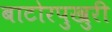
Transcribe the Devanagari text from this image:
बाटोरपुखुरी